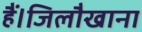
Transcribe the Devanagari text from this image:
हैं।जिलौखाना